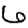
Digit: 6